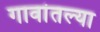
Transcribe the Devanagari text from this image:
गावांतल्या